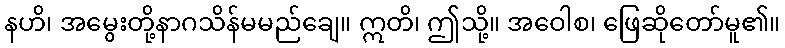
နဟိ၊ အမွေးတို့နာဂသိန်မမည်ချေ။ ဣတိ၊ ဤသို့။ အဝေါစ၊ ဖြေဆိုတော်မူ၏။